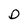
Character: D